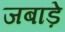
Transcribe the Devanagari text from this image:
जबाड़े